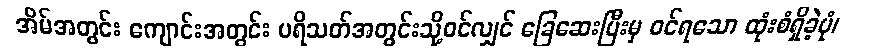
အိမ်အတွင်း ကျောင်းအတွင်း ပရိသတ်အတွင်းသို့ဝင်လျှင် ခြေဆေးပြီးမှ ဝင်ရသော ထုံးစံရှိခဲ့ပုံ၊